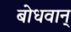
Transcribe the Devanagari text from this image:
बोधवान्